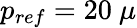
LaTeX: p_{ref}=20~\mu